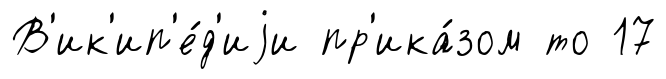
В'ик'ип'е́д'иjи пр'ика́зом то 17